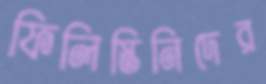
ফিলিস্তিনিদের